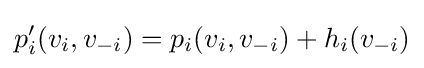
p'_{i}(v_{i},v_{-i})=p_{i}(v_{i},v_{-i})+h_{i}(v_{-i})